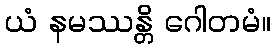
ယံ နမဿန္တိ ဂေါတမံ။